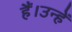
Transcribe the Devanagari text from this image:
हैं।उन्हें